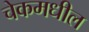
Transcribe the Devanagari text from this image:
चेकमधील